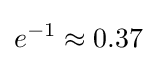
e^{-1}\approx 0.37